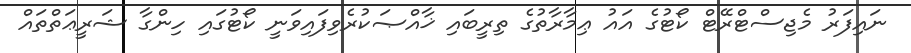
ނައިފަރު މެޖިސްޓްރޭޓް ކޯޓުގެ އައު ޢިމާރާތުގެ ތިރީބައި ޚާއްޞަކުރެވިފައިވަނީ ކޯޓުގައި ހިންގާ ޝަރީޢަތްތައް